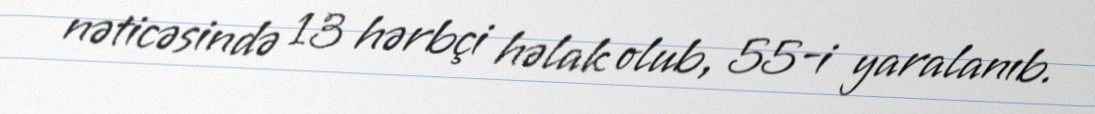
nəticəsində 13 hərbçi həlak olub, 55-i yaralanıb.